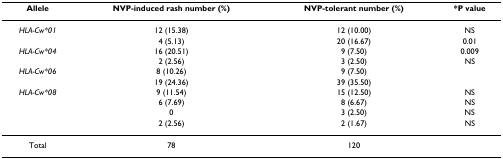
<table><thead><tr><td><b>Allele</b></td><td><b>NVP-induced rash number (%)</b></td><td><b>NVP-tolerant number (%)</b></td><td><b>*P value</b></td></tr></thead><tbody><tr><td><i>HLA-Cw*01</i></td><td>12 (15.38)</td><td>12 (10.00)</td><td>NS</td></tr><tr><td>[EMPTY_CELL]</td><td>4 (5.13)</td><td>20 (16.67)</td><td>0.01</td></tr><tr><td><i>HLA-Cw*04</i></td><td>16 (20.51)</td><td>9 (7.50)</td><td>0.009</td></tr><tr><td>[EMPTY_CELL]</td><td>2 (2.56)</td><td>3 (2.50)</td><td>NS</td></tr><tr><td><i>HLA-Cw*06</i></td><td>8 (10.26)</td><td>9 (7.50)</td><td>[EMPTY_CELL]</td></tr><tr><td>[EMPTY_CELL]</td><td>19 (24.36)</td><td>39 (35.50)</td><td>[EMPTY_CELL]</td></tr><tr><td><i>HLA-Cw*08</i></td><td>9 (11.54)</td><td>15 (12.50)</td><td>NS</td></tr><tr><td>[EMPTY_CELL]</td><td>6 (7.69)</td><td>8 (6.67)</td><td>NS</td></tr><tr><td>[EMPTY_CELL]</td><td>0</td><td>3 (2.50)</td><td>NS</td></tr><tr><td>[EMPTY_CELL]</td><td>2 (2.56)</td><td>2 (1.67)</td><td>NS</td></tr><tr><td>Total</td><td>78</td><td>120</td><td>[EMPTY_CELL]</td></tr></tbody></table>